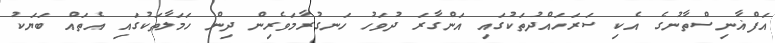
އަފްޣާނިސްތާނުގެ އެކި ސަރަހައްދުތަކުގައި އަންގާރަ ދުވަހު ހަނގުރާމަވެރިން ދިން ހަމަލާތަކުގައި އެތައް ބަޔަކު